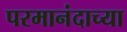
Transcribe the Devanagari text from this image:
परमानंदाच्या